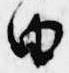
由